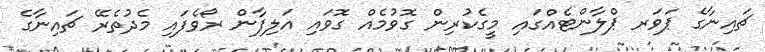
ޗައިނާގެ ޕަވަރ ޕްލާންޓެއްގައި މީގެކުރިން ގޮވުމެއް ގޮވައި އަލިފާން ރޯވެފައި މެދުތެރޭ ޗައިނާގެ